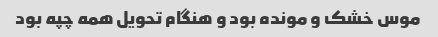
موس خشک و مونده بود و هنگام تحویل همه چپه بود